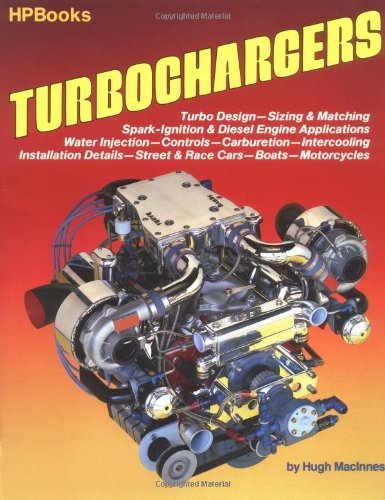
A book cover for Turbochargers HP49 (HP Books): Turbo Design, Sizing & Matching, Spark-Ignition & Diesel Engine Applications, Water Injection, Controls, Carburetion, Intercooling, ... Street & Race Cars, Boats, Motorc; Hugh MacInnes; Engineering & Transportation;